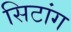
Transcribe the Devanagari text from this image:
सिटांग